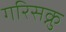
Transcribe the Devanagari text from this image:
गरिसक्नु